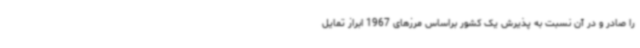
را صادر و در آن نسبت به پذیرش یک کشور براساس مرزهای 1967 ابراز تمایل